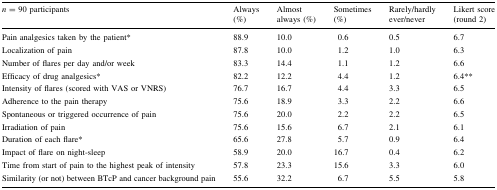
| n = 90 participants | Always (%) | Almost always (%) | Sometimes (%) | Rarely/hardly ever/never | Likert score (round 2) |
 | --- | --- | --- | --- | --- | --- |
 | Pain analgesics taken by the patient* | 88.9 | 10.0 | 0.6 | 0.5 | 6.7 |
 | Localization of pain | 87.8 | 10.0 | 1.2 | 1.0 | 6.3 |
 | Number of flares per day and/or week | 83.3 | 14.4 | 1.1 | 1.2 | 6.6 |
 | Efficacy of drug analgesics* | 82.2 | 12.2 | 4.4 | 1.2 | 6.4** |
 | Intensity of flares (scored with VAS or VNRS) | 76.7 | 16.7 | 4.4 | 3.3 | 6.5 |
 | Adherence to the pain therapy | 75.6 | 18.9 | 3.3 | 2.2 | 6.6 |
 | Spontaneous or triggered occurrence of pain | 75.6 | 20.0 | 2.2 | 2.2 | 6.5 |
 | Irradiation of pain | 75.6 | 15.6 | 6.7 | 2.1 | 6.1 |
 | Duration of each flare* | 65.6 | 27.8 | 5.7 | 0.9 | 6.4 |
 | Impact of flare on night-sleep | 58.9 | 20.0 | 16.7 | 0.4 | 6.2 |
 | Time from start of pain to the highest peak of intensity | 57.8 | 23.3 | 15.6 | 3.3 | 6.0 |
 | Similarity (or not) between BTcP and cancer background pain | 55.6 | 32.2 | 6.7 | 5.5 | 5.8 |